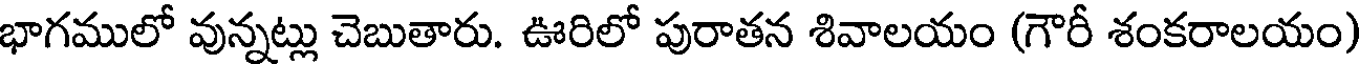
భాగములో వున్నట్లు చెబుతారు. ఊరిలో పురాతన శివాలయం (గౌరీ శంకరాలయం)